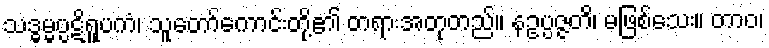
သဒ္ဓမ္မပ္ပဋိရူပကံ၊ သူတော်ကောင်းတို့၏ တရားအတုတည်။ နဥပ္ပဇ္ဇတိ၊ မဖြစ်သေး။ တာဝ၊